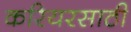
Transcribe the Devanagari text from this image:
करियरसाठी